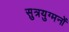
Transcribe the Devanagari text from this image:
सुत्रयुग्मनों